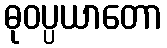
ဓုဝပ္ပယာတော